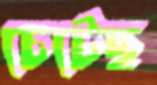
চেটেছ